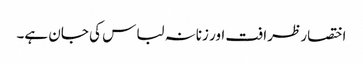
اختصار ظرافت اور زنانہ لباس کی جان ہے۔